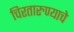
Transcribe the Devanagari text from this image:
चिरतारुण्याचे